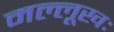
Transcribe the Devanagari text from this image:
मल्लूखः